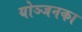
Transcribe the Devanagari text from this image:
योञ्जनका